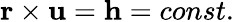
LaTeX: \mathbf{r}\times\mathbf{u}=\mathbf{h}=const.